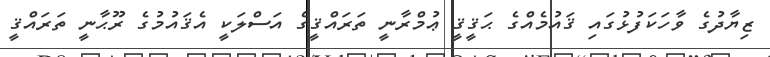
ޒިޔާދުގެ ވާހަކަފުޅުގައި ޤައުމެއްގެ ޙަޤީޤީ ޢުމްރާނީ ތަރައްޤީގެ އަސްލަކީ އެޤައުމުގެ ރޫޙާނީ ތަރައްޤީ